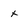
Character: x